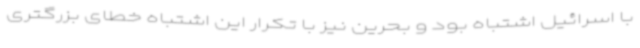
با اسرائیل اشتباه بود و بحرین نیز با تکرار این اشتباه خطای بزرگتری